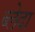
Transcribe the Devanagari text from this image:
ब्लेदा